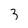
Character: 3